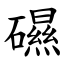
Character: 礘